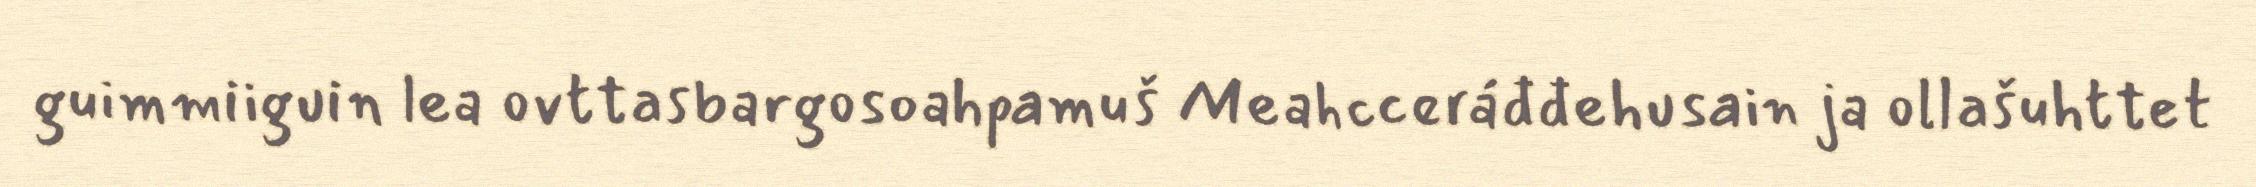
guimmiiguin lea ovttasbargosoahpamuš Meahcceráđđehusain ja ollašuhttet